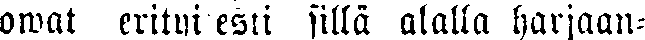
owat erityi esti sillä alalla harjaan-